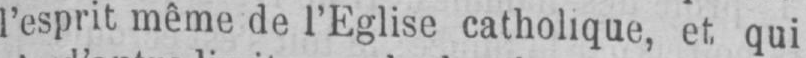
l’esprit même de l’Eglise catholique, et qui